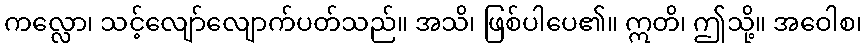
ကလ္လော၊ သင့်လျော်လျောက်ပတ်သည်။ အသိ၊ ဖြစ်ပါပေ၏။ ဣတိ၊ ဤသို့။ အဝေါစ၊